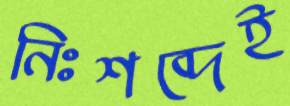
নিঃশব্দেই